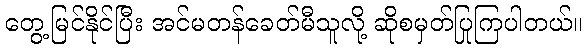
တွေ့မြင်နိုင်ပြီး အင်မတန်ခေတ်မီသူလို့ ဆိုစမှတ်ပြုကြပါတယ်။